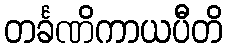
တင်္ခဏိကာယပီတိ